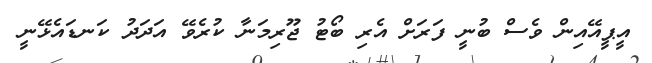
އީޕީއޭއިން ވެސް ބުނީ ފަރަށް އެރި ބޯޓު ޖޫރިމަނާ ކުރެވޭ އަދަދު ކަނޑައެޅޭނީ